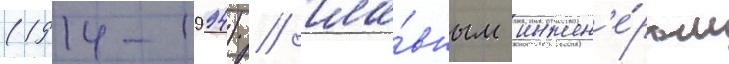
(1914-1994) / гла́вным инжен'е́ром